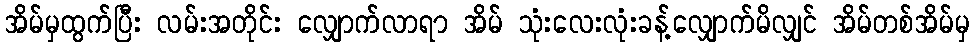
အိမ်မှထွက်ပြီး လမ်းအတိုင်း လျှောက်လာရာ အိမ် သုံးလေးလုံးခန့်လျှောက်မိလျှင် အိမ်တစ်အိမ်မှ